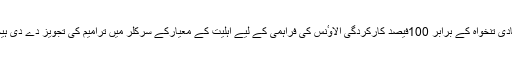
27 دسمبر 2014ء) فیڈرل بورڈ آف ریونیو(ایف بی آر) نے گریڈ 1 تا 22 کے ملازمین کو بنیادی تنخواہ کے برابر 100فیصد کارکردگی الاوٴنس کی فراہمی کے لیے اہلیت کے معیارکے سرکلر میں ترامیم کی تجویز دے دی ہیجسے حتمی منظوری کے لیے ایف بی آر کی بورڈ ان کونسل کے اجلاس میں پیش کیا جائے گا۔